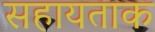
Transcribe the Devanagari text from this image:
सहायताक